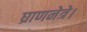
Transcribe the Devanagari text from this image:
घ्राणनेत्रे।